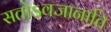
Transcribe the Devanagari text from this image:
सतोऽवजानाति